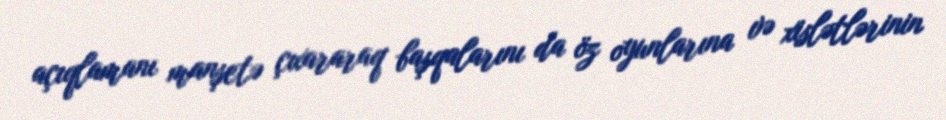
açıqlamanı manşetə çıxararaq başqalarını da öz oyunlarına və xislətlərinin